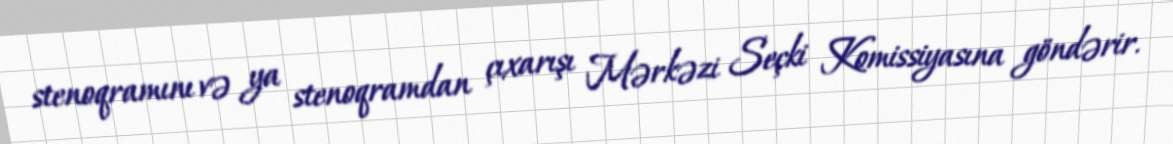
stenoqramını və ya stenoqramdan çıxarışı Mərkəzi Seçki Komissiyasına göndərir.